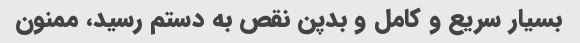
بسیار سریع و کامل و بدپن نقص به دستم رسید، ممنون